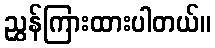
ညွှန်ကြားထားပါတယ်။